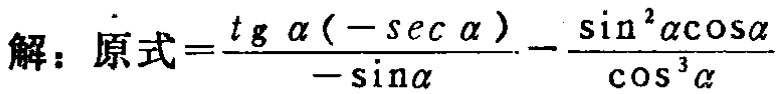
解：原式\(=\frac{tg\alpha(-sec\alpha)}{-\sin\alpha}-\frac{\sin^{2}\alpha\cos\alpha}{\cos^{3}\alpha}\)